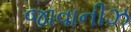
જાવાનીઝ